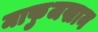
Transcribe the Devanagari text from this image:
माफुजखान